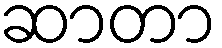
ဆာတာ